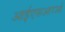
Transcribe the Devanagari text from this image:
आईएसआरओ